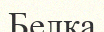
Белка